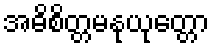
အဓိစိတ္တမနုယုတ္တော